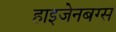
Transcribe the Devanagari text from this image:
हाइजेनबग्स